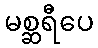
မစ္ဆရီပေ